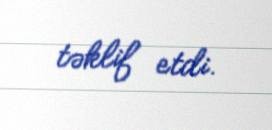
təklif etdi.